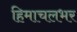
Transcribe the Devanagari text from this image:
हिमाचलभर